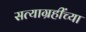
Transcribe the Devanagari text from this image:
सत्याग्रहींच्या